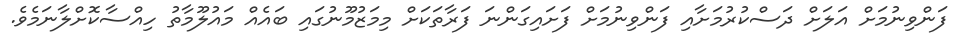
ފަންވިނުމަށް އަލަށް ދަސްކުރުމަށާއި ފަންވިނުމަށް ފަށައިގަންނަ ފަރާތަކަށް މިމަޒުމޫނުގައި ބައެއް މައުލޫމާތު ހިއްސާކޮށްލާނަމެވެ.